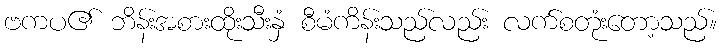
ဗကပ၏ ဘိန်းအစားထိုးသီးနှံ စီမံကိန်းသည်လည်း လက်စတုံးတော့သည်။